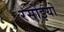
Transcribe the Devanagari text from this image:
रसोंइयों